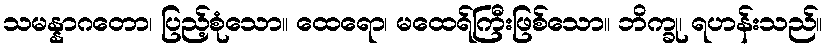
သမန္နာဂတော၊ ပြည့်စုံသော။ ထေရော၊ မထေရ်ကြီးဖြစ်သော။ ဘိက္ခု၊ ရဟန်းသည်။